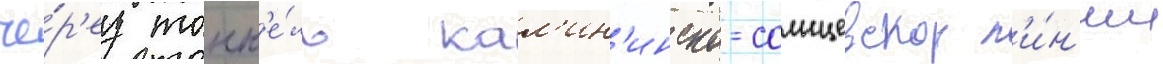
че́р'ез тонн'е́ль кал'ин'инско-солнцевскои л'и́н'ии